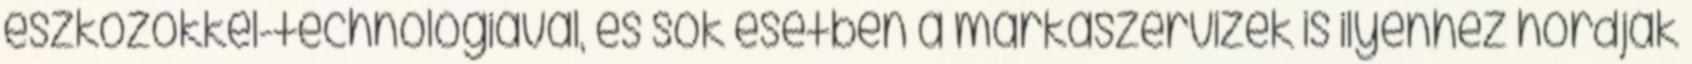
eszközökkel-technológiával, és sok esetben a márkaszervizek is ilyenhez hordják